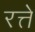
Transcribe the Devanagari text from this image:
रत्ते